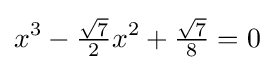
x^{3}-{\tfrac {\sqrt {7}}{2}}x^{2}+{\tfrac {\sqrt {7}}{8}}=0